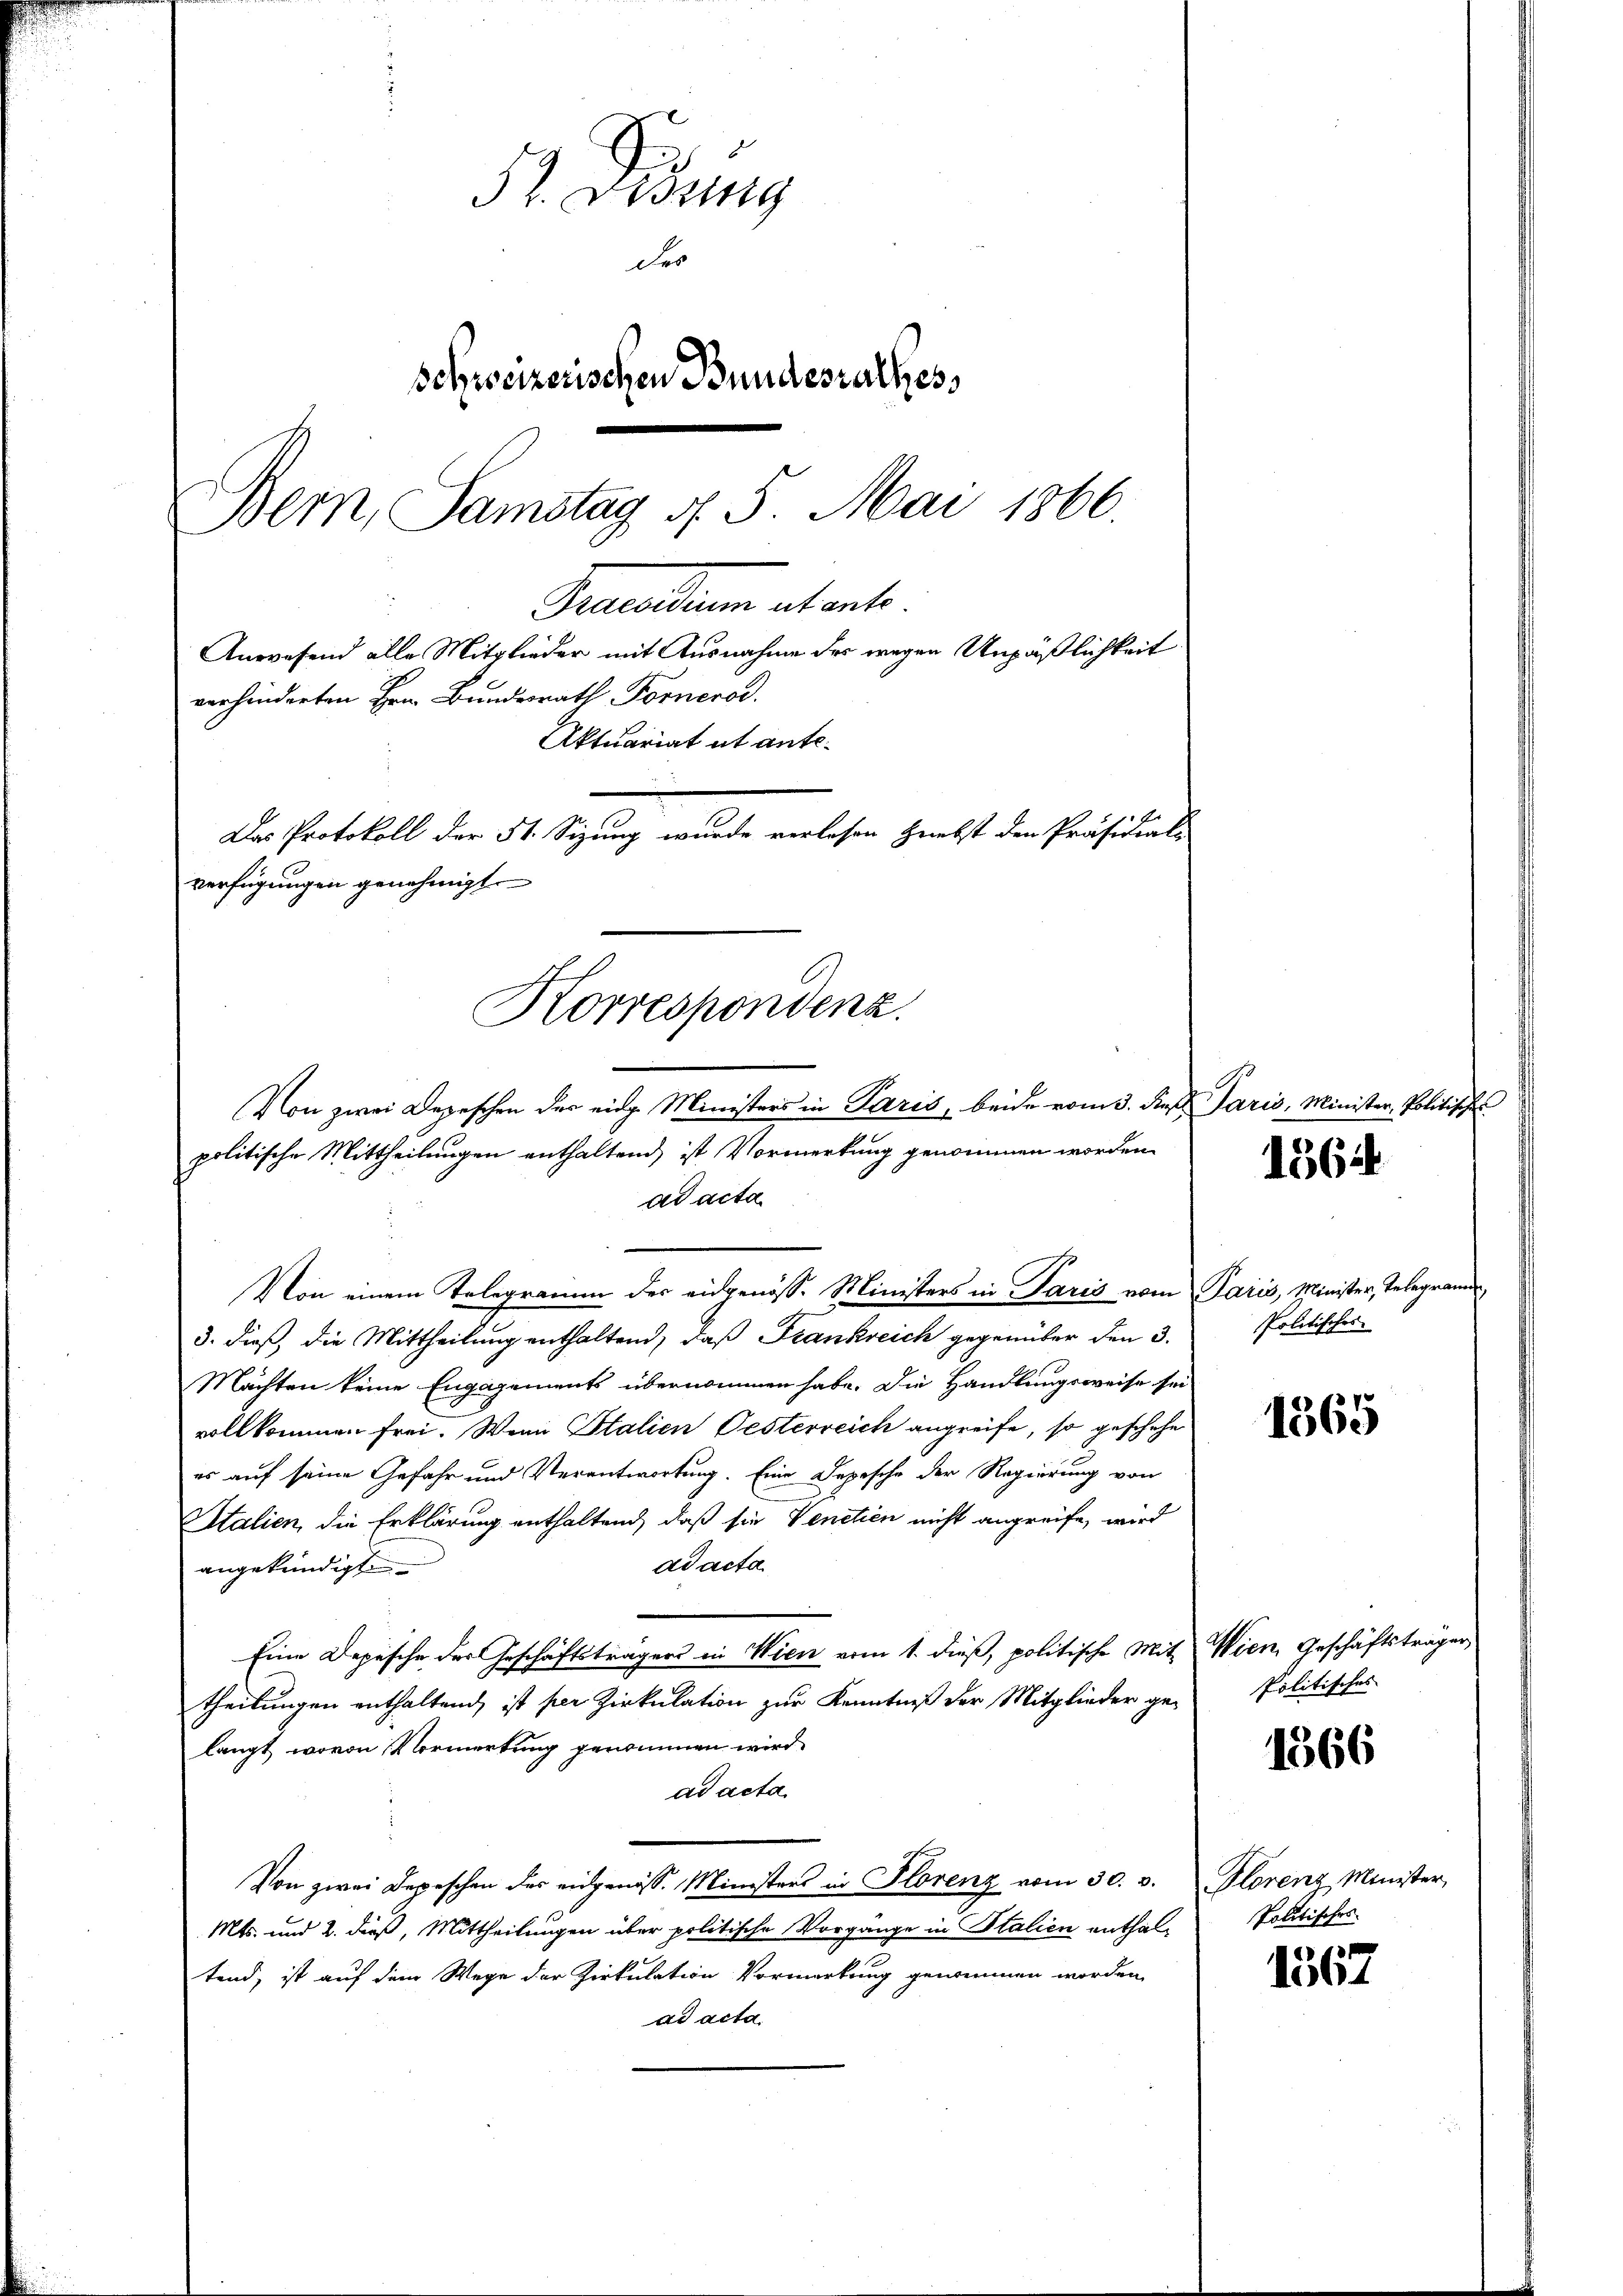
52. Diszig
der
schweizerischen Bundesrathes,
Bern, Samstag 4. 5. Mai 1866.
Precarium altente
Anwesend alle Mitglieder mit Ausnahme des wegen Unpäßlichkeit
verhinderten Hrn. Bundesrath Fornerod.
Aktuariat ut ante¬
Das Protokoll der 51. Sizung wurde verlesen Griebst den Präsidial-
verfügungen genehmigt.

Korrespondenz.
Von zwei Depeschen der eidg. Ministers in Paris, beide vom 3. dieß Jaris, Minister, Politisches
politische Mittheilungen enthaltend, ist Vormerkung genommen worden
ad acta

Von einem Telegramm der eidgenöss. Ministers in Paris vom Paris, Minister, Telegrammen,
3. dieß, die Mittheilung enthaltend, daß Frankreich gegenüber den 3.
Machten keine Engagements übernommen habe. Die Handlungsweise sei
vollkommen frei. Wenn Stalien Oesterreich angreife, so geschehe
es auf seine Gefahr und Verantwortung. Eine Depesche der Regierung von
Italien, die Erklärung enthaltend, daß sie Venetien nicht angreife, wird
ad acta.
angekündigt
Eine Depesche der Geschäftsträgers in Wien vom 1. dieß, politische Mit Wien, Geschäftsträgen
theilungen enthaltend, ist per Zirkulation zur Kenntniß der Mitglieder ge-
langt, wovon Vormerkung genommen wird.
ad acta.
Von zwei Depeschen des eidgenöss. Ministers in Florenz vom 30. v. Plorenz Minister,
Mts. und 2. dieß, Mittheilungen über politische Vorgänge in Stalien enthal-Politisches
tend, ist auf dem Wege der Zirkulation Vormerkung genommen worden,
ad acta.

1564

Politisches

1365

Politisches

1366

1567